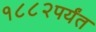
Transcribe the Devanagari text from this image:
१८८२पर्यंत